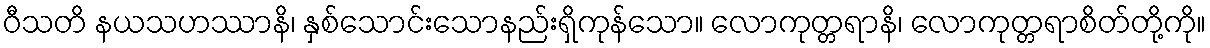
ဝီသတိ နယသဟဿာနိ၊ နှစ်သောင်းသောနည်းရှိကုန်သော။ လောကုတ္တရာနိ၊ လောကုတ္တရာစိတ်တို့ကို။